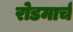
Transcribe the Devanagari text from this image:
रोडमार्च